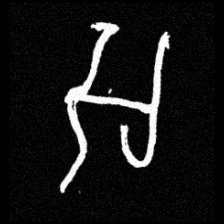
Pyu character \u2014 Myanmar letter: အ (romanized: a)